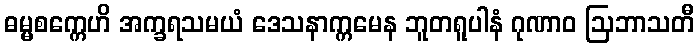
ဓမ္မစက္ကေဟိ အက္ခရသမယံ ဒေသနာက္ကမေန ဘူတရူပါနံ ဂုဏာဝ ဩဘာသတီ